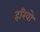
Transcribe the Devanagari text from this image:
हरियो